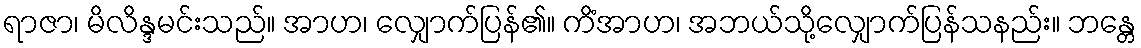
ရာဇာ၊ မိလိန္ဒမင်းသည်။ အာဟ၊ လျှောက်ပြန်၏။ ကိံအာဟ၊ အဘယ်သို့လျှောက်ပြန်သနည်း။ ဘန္တေ